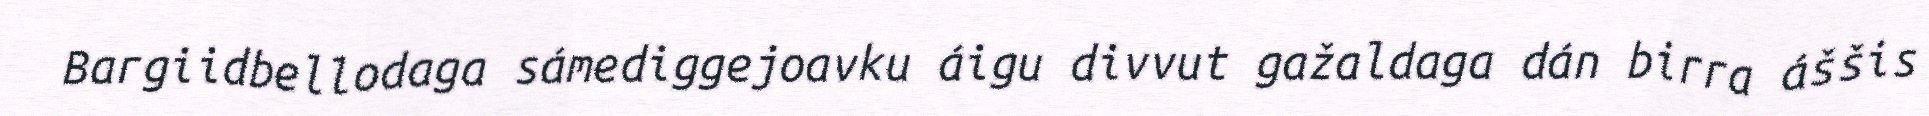
Bargiidbellodaga sámediggejoavku áigu divvut gažaldaga dán birra áššis